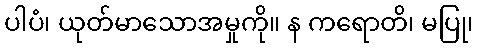
ပါပံ၊ ယုတ်မာသောအမှုကို။ န ကရောတိ၊ မပြု၊